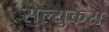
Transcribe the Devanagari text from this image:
सेल्‍युकस